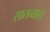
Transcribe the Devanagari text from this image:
सातव्यात